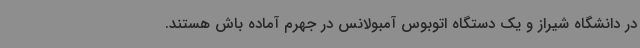
در دانشگاه شیراز و یک دستگاه اتوبوس آمبولانس در جهرم آماده باش هستند.